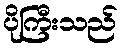
ပိုကြီးသည်